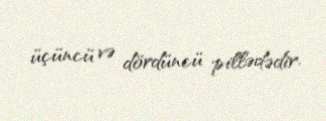
üçüncü və dördüncü pillədədir.